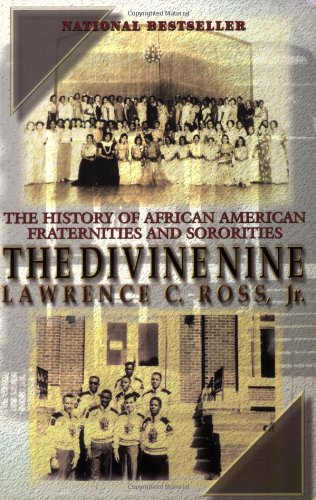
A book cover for The Divine Nine: The History of African American Fraternities and Sororities; Lawrence C. Ross Jr.; History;